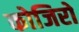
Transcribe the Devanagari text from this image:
कोजिरो